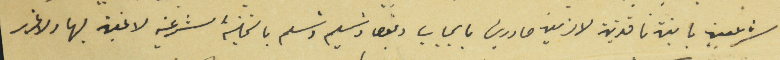
شرعيين باتين نافذين لازمين صادرين بايجاب وقبض وتسليم وتسلم بالتخلية الشرعية لا غبن بها ولا غرر